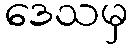
ဒေသမှ